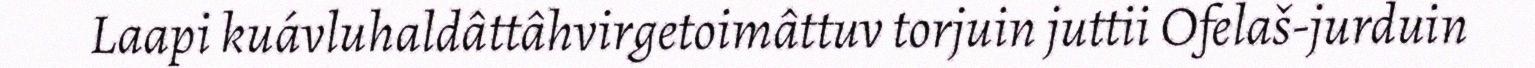
Laapi kuávluhaldâttâhvirgetoimâttuv torjuin juttii Ofelaš-jurduin